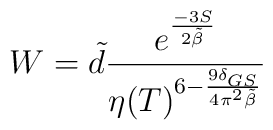
W=\tilde d \frac{e^{\frac{-3 S}{2 \tilde\beta}}}{\eta(T)^{6-\frac{9 \delta_{GS}}{4\pi^2\tilde\beta}}}